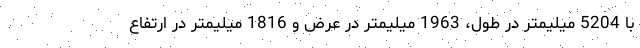
با 5204 میلیمتر در طول، 1963 میلیمتر در عرض و 1816 میلیمتر در ارتفاع